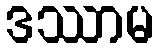
ဒဿာမ